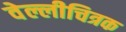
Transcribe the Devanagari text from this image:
वेल्लीचित्रक